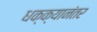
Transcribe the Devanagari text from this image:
धक्क्यानंतर